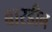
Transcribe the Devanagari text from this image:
बारडीन